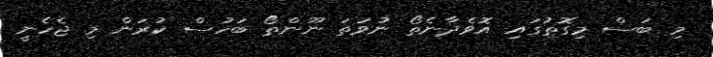
މި ބަސް މިގޮތުގައި އޮވެދާނެތޯ ނުވަތަ ނޫންތޯ ބަހުސް ކުރަން މި ޖެހެނީ